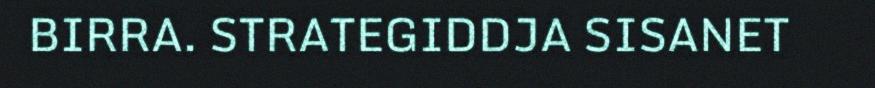
BIRRA. STRATEGIDDJA SISANET